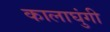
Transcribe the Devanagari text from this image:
कालाघुंगी